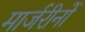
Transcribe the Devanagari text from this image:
मार्जरीनों